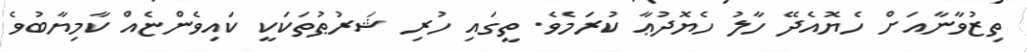
ތިޒުވާނާއަށް ހެޔޮއެދޭ ހާލު ހެޔޮދުޢާ ކުރަމެވެ. ތީގައި ހުރި ޝަރުޠުތަކަކީ ކައިވެންޏެއް ކާމިޔާބުވެ